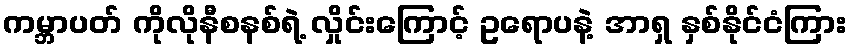
ကမ္ဘာပတ် ကိုလိုနီစနစ်ရဲ့ လှိုင်းကြောင့် ဥရောပနဲ့ အာရှ နှစ်နိုင်ငံကြား